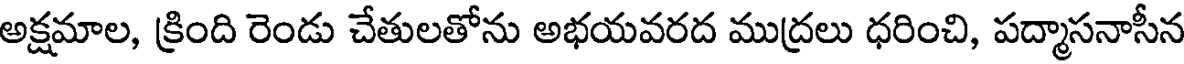
అక్షమాల, క్రింది రెండు చేతులతోను అభయవరద ముద్రలు ధరించి, పద్మాసనాసీన